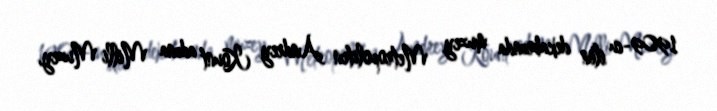
1909-cu ilin dekabrında muzey Metropoliten Andrey Kount adına Milli Muzey,